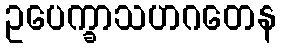
ဥပေက္ခာသဟဂတေန